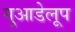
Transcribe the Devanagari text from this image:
गुआडेलूप